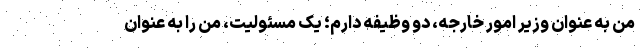
من به عنوان وزیر امور خارجه، دو وظیفه دارم؛ یک مسئولیت، من را به عنوان